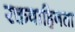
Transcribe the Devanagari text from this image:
रक्तवाहिनता